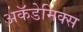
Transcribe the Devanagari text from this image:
अकॅडेमिक्स